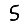
Digit: 5